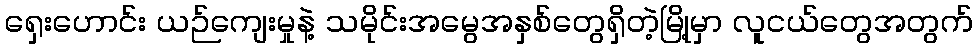
ရှေးဟောင်း ယဉ်ကျေးမှုနဲ့ သမိုင်းအမွေအနှစ်တွေရှိတဲ့မြို့မှာ လူငယ်တွေအတွက်